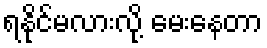
ရနိုင်မလားလို့ မေးနေတာ